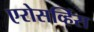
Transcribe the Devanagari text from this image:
एरोसर्व्हिस